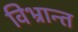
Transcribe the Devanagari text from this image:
विभ्रान्त